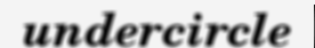
undercircle